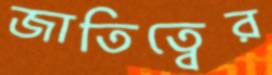
জাতিত্বের